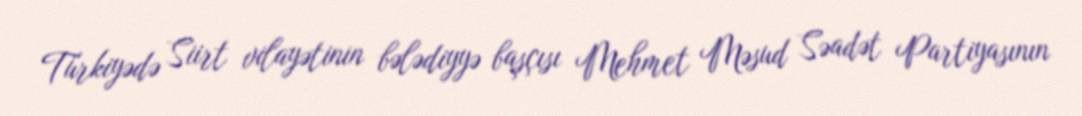
Türkiyədə Siirt vilayətinin bələdiyyə başçısı Mehmet Məsud Səadət Partiyasının